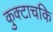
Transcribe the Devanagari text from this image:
कुक्टाचकि